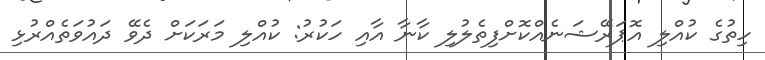
ހިތުުގެ ކުއްލި އޮޕަރޭޝަނެއްކޮށްފިތެލުލި ކާނާ އާއި ހަކުރު: ކުއްލި މަރަކަށް ދެވޭ ދައުވަތެއްރުޅި